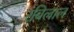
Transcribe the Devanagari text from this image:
रबिलाल